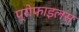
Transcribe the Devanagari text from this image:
प्रोफाइलस